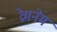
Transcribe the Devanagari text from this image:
व्रेमनेम